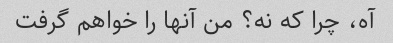
آه، چرا که نه؟ من آنها را خواهم گرفت